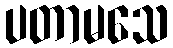
ပတာမသေ